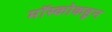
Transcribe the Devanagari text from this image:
मॉस्कोकडून